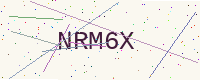
Text: NRM6X